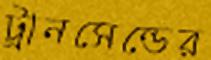
ট্রানসেন্ডের